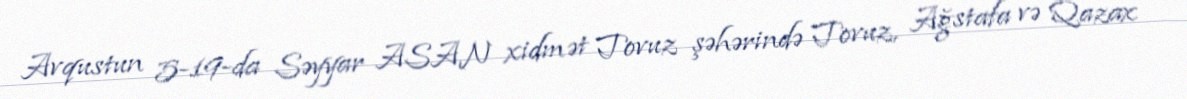
Avqustun 5-19-da Səyyar ASAN xidmət Tovuz şəhərində Tovuz, Ağstafa və Qazax